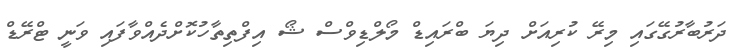
ދަރުބާރުގޭގައި މިރޭ ކުރިއަށް ދިޔަ ބްރައިޑް މޯލްޑިވްސް ޝޯ އިފްތިތާހުކޮށްދެއްވާފައި ވަނީ ޓްރޭޑް